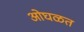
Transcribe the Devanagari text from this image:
ओघळत